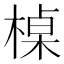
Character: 槕